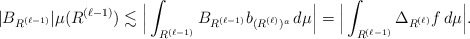
\begin{align*}|B_{R^{(\ell-1)}}| \mu(R^{(\ell-1)}) \lesssim \Big| \int_{R^{(\ell-1)}} B_{R^{(\ell-1)}} b_{(R^{(\ell)})^a}\,d\mu\Big| &= \Big| \int_{R^{(\ell-1)}} \Delta_{R^{(\ell)}} f\,d\mu\Big|.\end{align*}